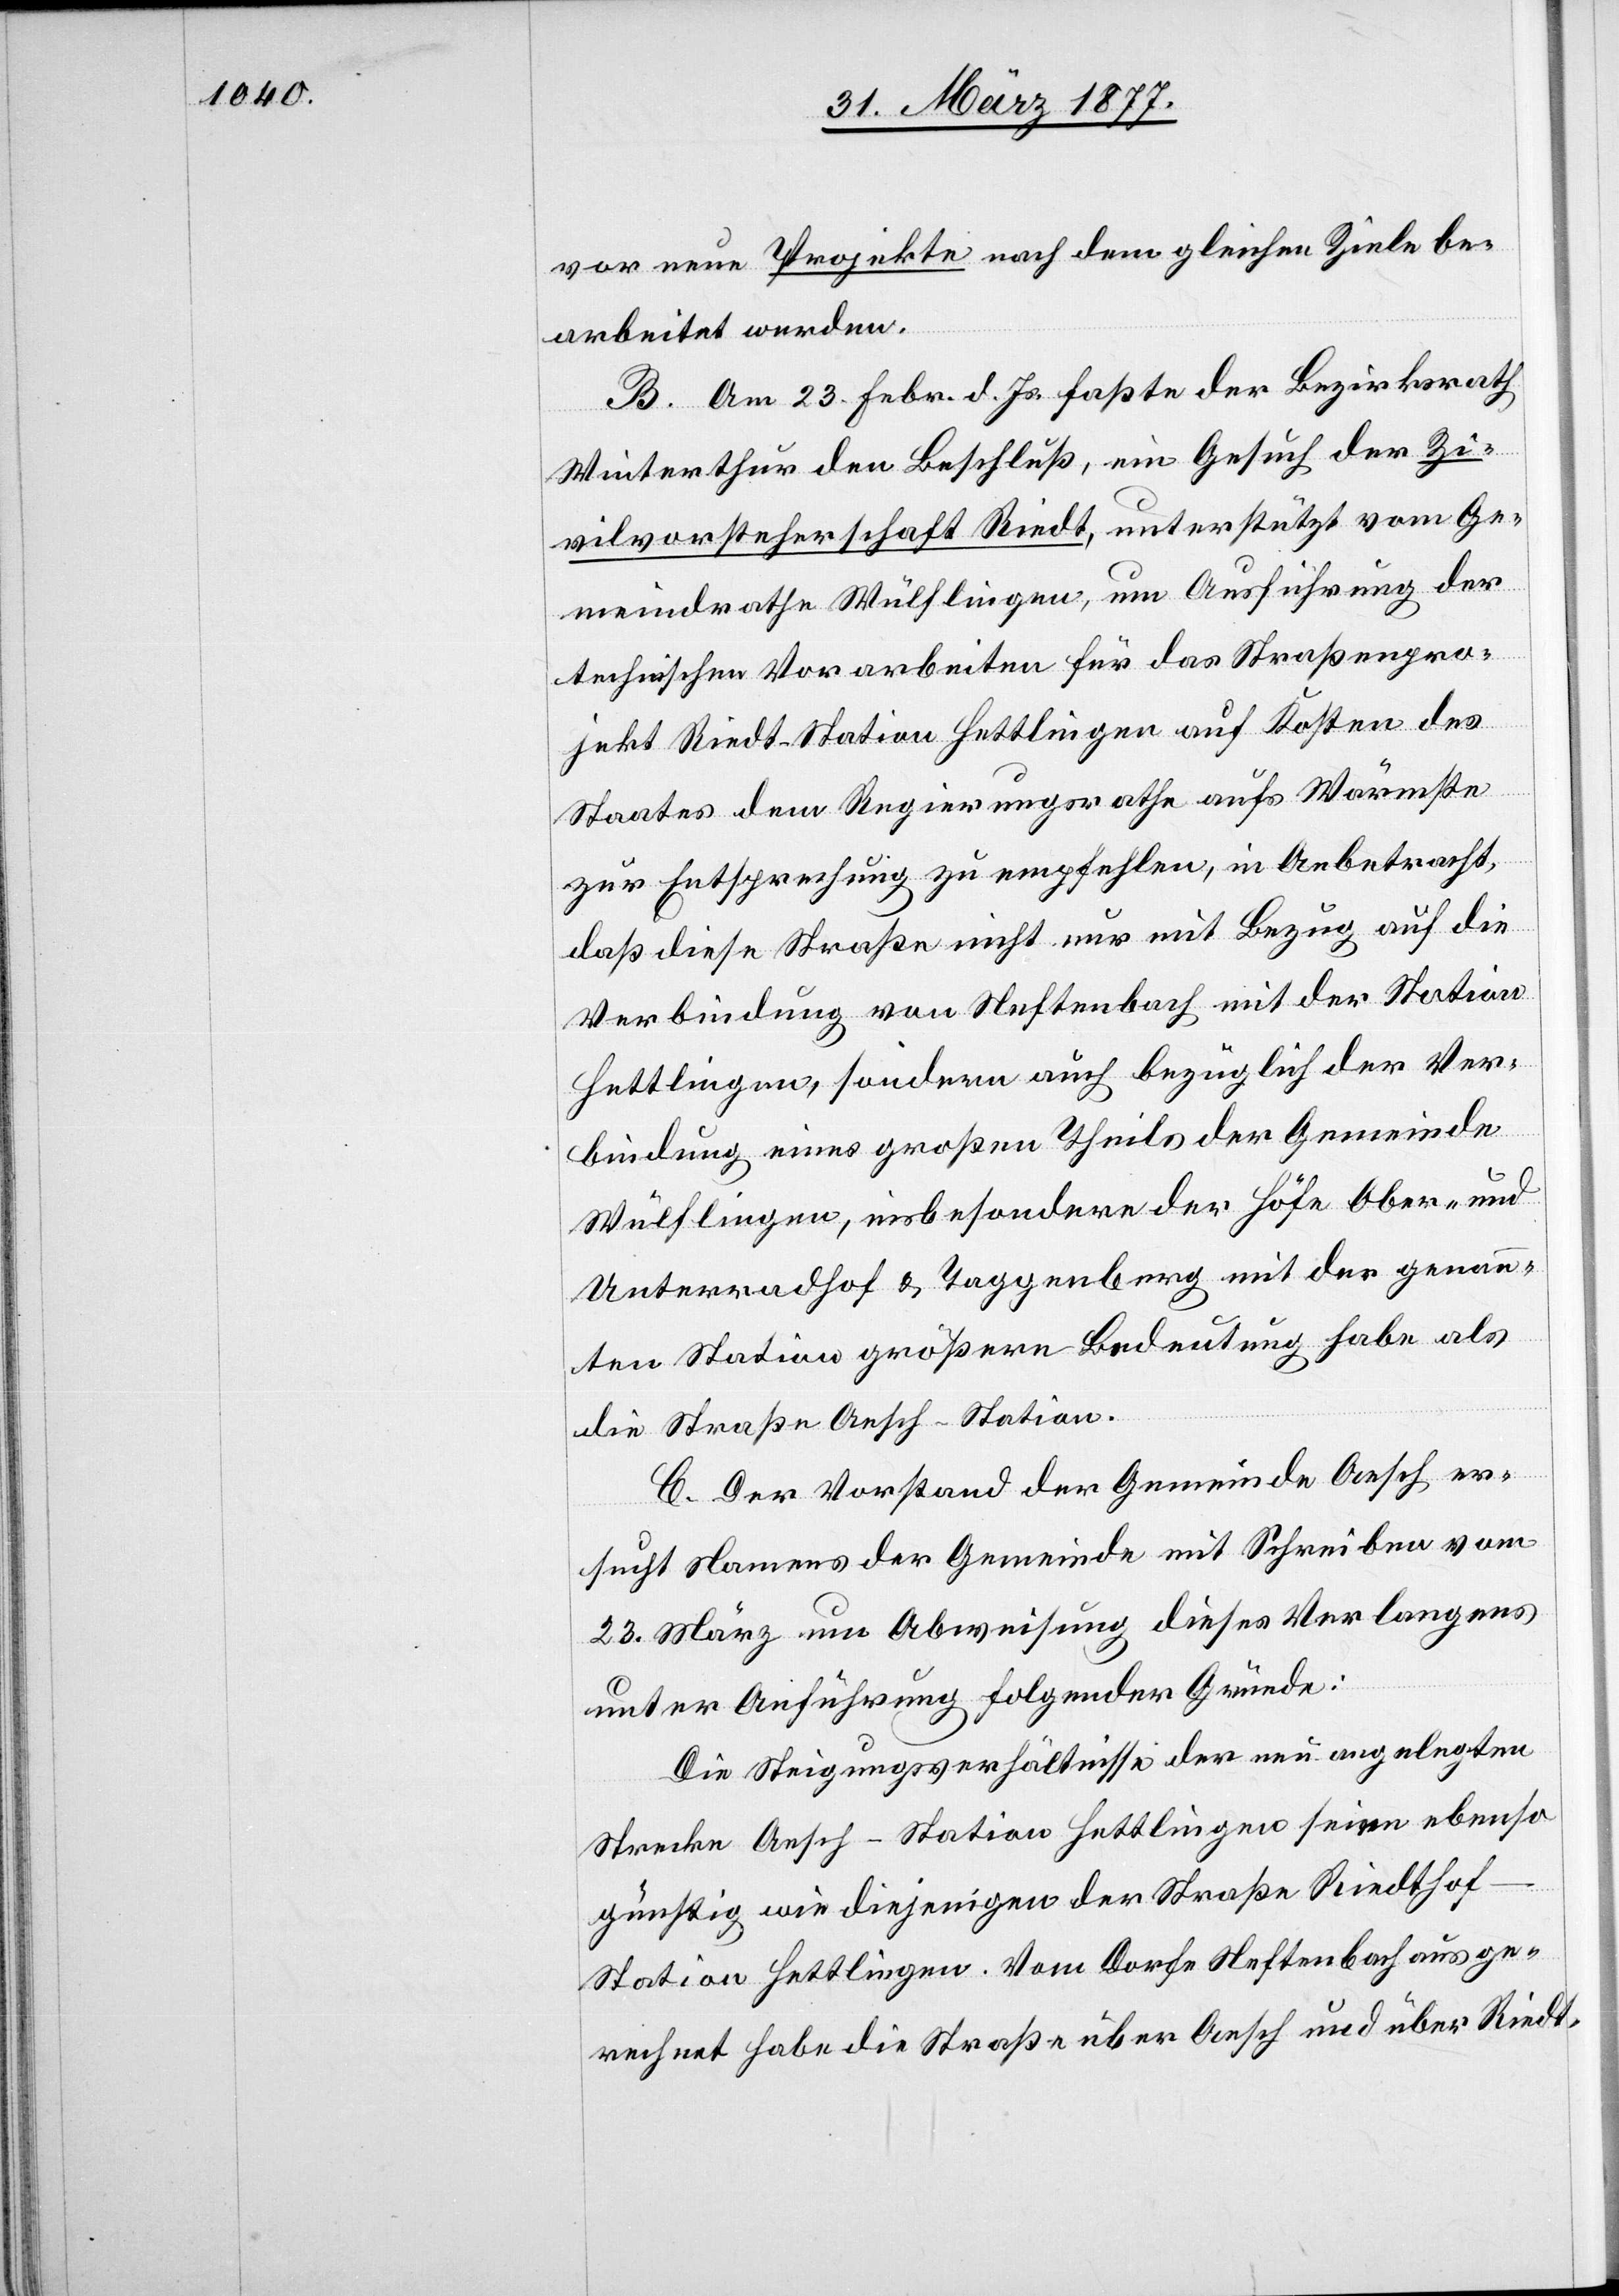
vor neue Projekte nach dem gleichen Ziele be¬
arbeitet werden.
B. Am 23. Febr. d. Js. faßte der Bezirksrath
Winterthur den Beschluß, ein Gesuch der Zi¬
vilvorsteherschaft Riedt, unterstützt vom Ge¬
meindrathe Wülflingen, um Ausführung der
technischen Vorarbeiten für das Straßenpro¬
jekt Riedt–Station Hettlingen auf Kosten des
Staates dem Regierungsrathe aufs Wärmste
zur Entsprechung zu empfehlen, in Anbetracht,
daß diese Straße nicht nur mit Bezug auf die
Verbindung von Neftenbach mit der Station
Hettlingen, sondern auch bezüglich der Ver¬
bindung eines großen Theiles der Gemeinde
Wülflingen, insbesondere der Höfe Ober- und
Unterradhof & Taggenberg mit der genann¬
ten Station größere Bedeutung habe als
die Straße Aesch–Station.
C. Der Vorstand der Gemeinde Aesch er¬
sucht Namens der Gemeinde mit Schreiben vom
23. März um Abweisung dieses Verlangens
unter Anführung folgender Gründe:
Die Steigungsverhältnisse der neu angelegten
Strecke Aesch–Station Hettlingen seien ebenso
günstig wie diejenigen der Straße Riedtho¬
f–Station Hettlingen. Vom Dorfe Neftenbach aus ge¬
rechnet habe die Straße über Aesch und über Riedt-